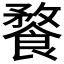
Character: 𩝕